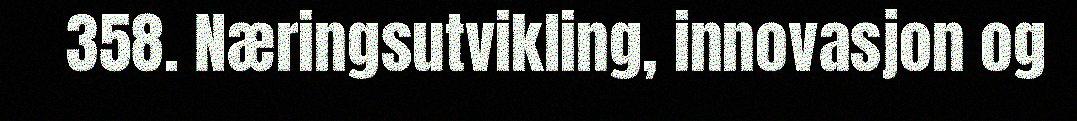
358. Næringsutvikling, innovasjon og